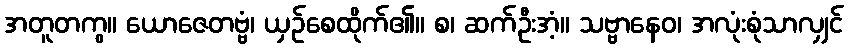
အတူတကွ။ ယောဇေတဗ္ဗံ၊ ယှဉ်စေထိုက်၏။ စ၊ ဆက်ဦးအံ့။ သဗ္ဗာနေဝ၊ အလုံးစုံသာလျှင်